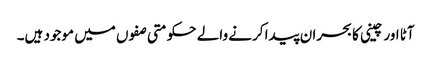
آٹا اور چینی کا بحران پیدا کرنے والے حکومتی صفوں میں موجود ہیں۔